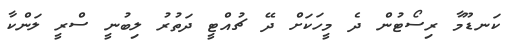
ކަނޑޫމާ ރިސޯޓުން ދެ މީހަކަށް ދޭ ޗުއްޓީ ދަތުރު ލިބުނީ ސްރީ ލަންކާ